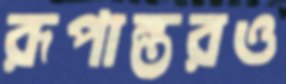
রূপান্তরও